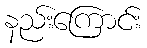
နည်းကြောင်း